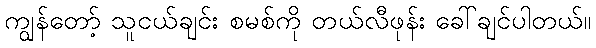
ကျွန်တော့် သူငယ်ချင်း စမစ်ကို တယ်လီဖုန်း ခေါ်ချင်ပါတယ်။